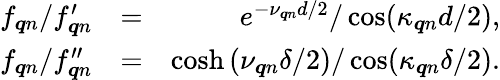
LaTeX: \begin{array}{rlr}{f_{\boldsymbol{q}n}/f_{\boldsymbol{q}n}^{\prime}}&{=}&{e^{-\nu_{\boldsymbol{q}n}d/2}/\cos(\kappa_{\boldsymbol{q}n}d/2),}\\ {f_{\boldsymbol{q}n}/f_{\boldsymbol{q}n}^{\prime\prime}}&{=}&{\cosh\left(\nu_{\boldsymbol{q}n}\delta/2\right)/\cos(\kappa_{\boldsymbol{q}n}\delta/2).}\end{array}